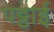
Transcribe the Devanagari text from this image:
पट्टाई